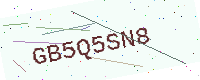
Text: GB5Q5SN8